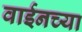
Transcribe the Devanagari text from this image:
वाईनच्या